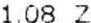
1.08 Z